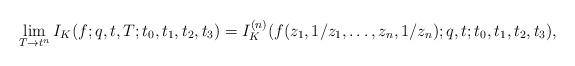
LaTeX: \begin{gather*}\lim_{T\to t^n}I_K(f;q,t,T;t_0,t_1,t_2,t_3)=I^{(n)}_K(f(z_1,1/z_1,\dots,z_n,1/z_n);q,t;t_0,t_1,t_2,t_3),\end{gather*}